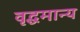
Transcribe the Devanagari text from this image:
वृद्धमान्य